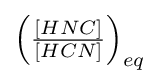
{\textstyle \left({\frac {[HNC]}{[HCN]}}\right)_{eq}}